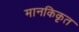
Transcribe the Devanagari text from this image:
मानकिकृत